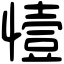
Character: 㦉